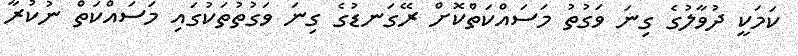
ކަމަކީ ދުވާލުގެ ގިނަ ވަގުތު މަސައްކަތްކޮށް ރޭގަނޑުގެ ގިނަ ވަގުތުތަކުގައި މަސައްކަތް ނުކުރާ